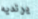
يرتديه